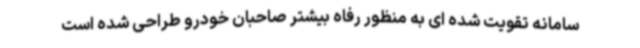
سامانه تقویت شده ای به منظور رفاه بیشتر صاحبان خودرو طراحی شده است